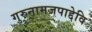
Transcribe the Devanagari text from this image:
गुरुनामजपाद्देवि